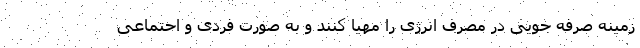
زمینه صرفه جویی در مصرف انرژی را مهیا کنند و به صورت فردی و احتماعی